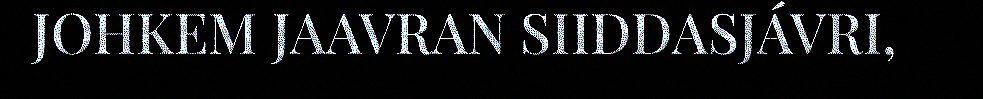
JOHKEM JAAVRAN SIIDDASJÁVRI,